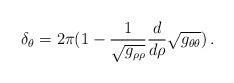
LaTeX: \begin{align*}\delta _{\theta} = 2 \pi (1-\frac{1}{\sqrt{g _{\rho\rho}}} \frac{d}{d \rho} \sqrt{g_{\theta \theta}}) \, .\end{align*}